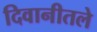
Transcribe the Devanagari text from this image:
दिवानीतले